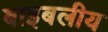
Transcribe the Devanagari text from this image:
बाइबलीय